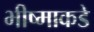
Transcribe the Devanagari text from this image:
भीष्माकडे